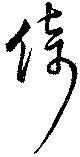
倚